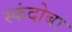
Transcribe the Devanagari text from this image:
स्कंदोबा